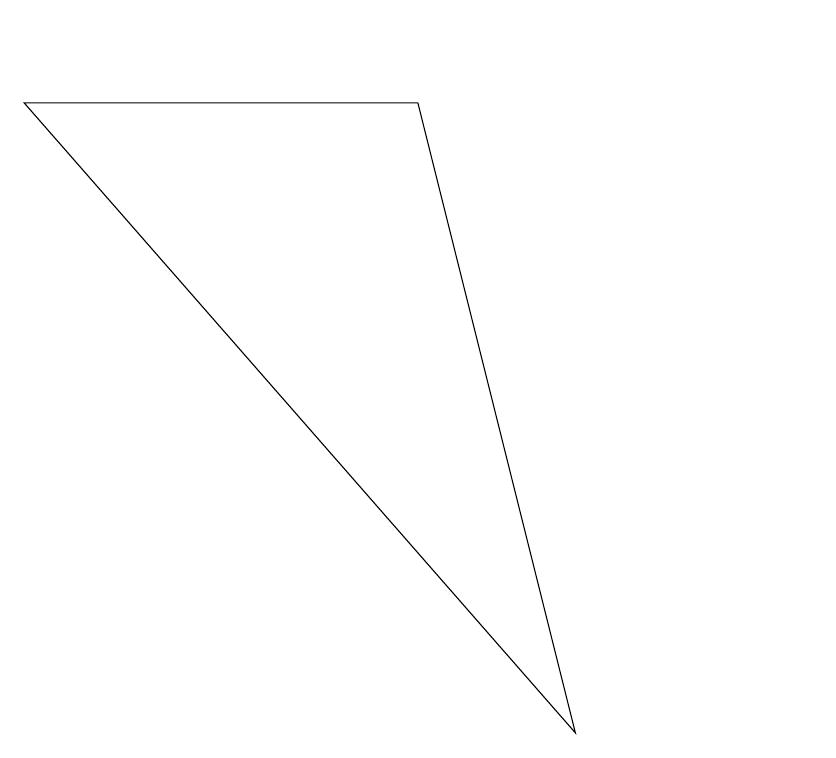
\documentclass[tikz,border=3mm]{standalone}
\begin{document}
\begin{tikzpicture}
\draw (1,9) -- (8,1) -- (6,9) -- cycle;
\draw (11,10) circle (0);
\draw (10,10) circle (0);
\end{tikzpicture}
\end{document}